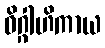
ဝိဂ္ဂါဟိကာယ